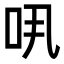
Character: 𠯎